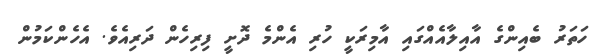
ހަތަރު ބެއިންގެ އާއިލާއެއްގައި އާމިރަކީ ހުރި އެންމެ ދޮށީ ފިރިހެން ދަރިއެވެ. އެހެންކަމުން